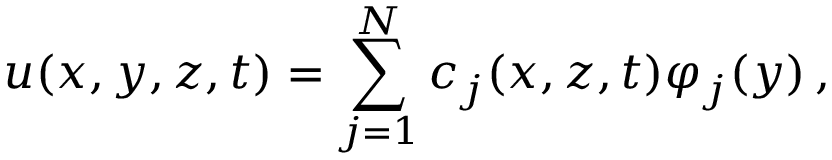
u ( x , y , z , t ) = \sum _ { j = 1 } ^ { N } c _ { j } ( x , z , t ) \varphi _ { j } ( y ) \, ,